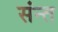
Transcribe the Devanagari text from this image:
संन्त